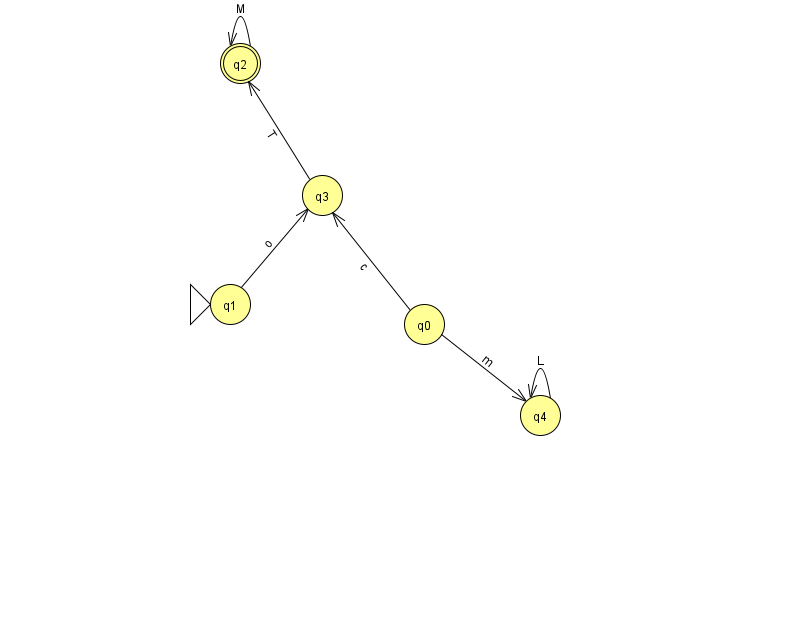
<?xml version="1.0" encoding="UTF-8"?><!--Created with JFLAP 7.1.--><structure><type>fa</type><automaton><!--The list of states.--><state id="0" name="q0"><x>424.0</x><y>311.0</y></state><state id="1" name="q1"><x>230.0</x><y>291.0</y><initial/></state><state id="2" name="q2"><x>240.0</x><y>50.0</y><final/></state><state id="3" name="q3"><x>322.0</x><y>182.0</y></state><state id="4" name="q4"><x>540.0</x><y>402.0</y></state><!--The list of transitions.--><transition><from>1</from><to>3</to><read>o</read></transition><transition><from>3</from><to>2</to><read>T</read></transition><transition><from>0</from><to>3</to><read>c</read></transition><transition><from>0</from><to>4</to><read>m</read></transition><transition><from>4</from><to>4</to><read>L</read></transition><transition><from>2</from><to>2</to><read>M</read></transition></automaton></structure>